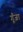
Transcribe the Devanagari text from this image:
गूँजा